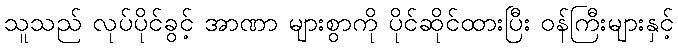
သူသည် လုပ်ပိုင်ခွင့် အာဏာ များစွာကို ပိုင်ဆိုင်ထားပြီး ဝန်ကြီးများနှင့်